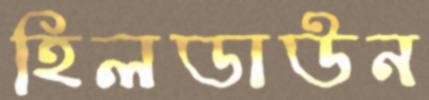
হিলডাউন